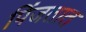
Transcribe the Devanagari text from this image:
पिंजतात